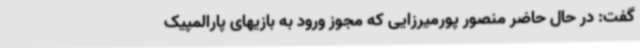
گفت: در حال حاضر منصور پورمیرزایی که مجوز ورود به بازیهای پارالمپیک